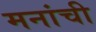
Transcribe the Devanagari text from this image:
मनांची